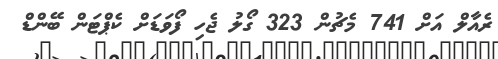
ރެއާލް އަށް 741 މެޗުން 323 ގޯލު ޖެހި ފޯވަޑަށް ކެޕްޓަން ބޭންޑް